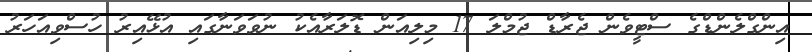
އިންގްލެންޑްގެ ސްޓީވެން ޖެރާޑް ޖުމްލަ 17 މިލިއަން ޑޮލަރާއެކު ނުވަވަނާގައި އުޅޭއިރު ހުސްވިއަހަރު